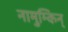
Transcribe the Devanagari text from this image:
नामुम्किन्